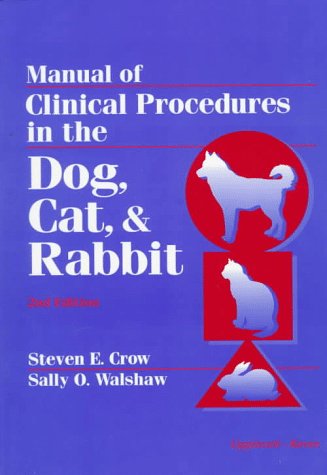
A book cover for Manual of Clinical Procedures in the Dog, Cat, and Rabbit; Steven E. Crow; Medical Books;